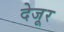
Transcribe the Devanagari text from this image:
देजूर